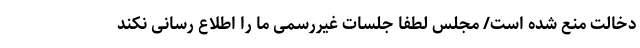
دخالت منع شده است/ مجلس لطفاً جلسات غیررسمی ما را اطلاع رسانی نکند